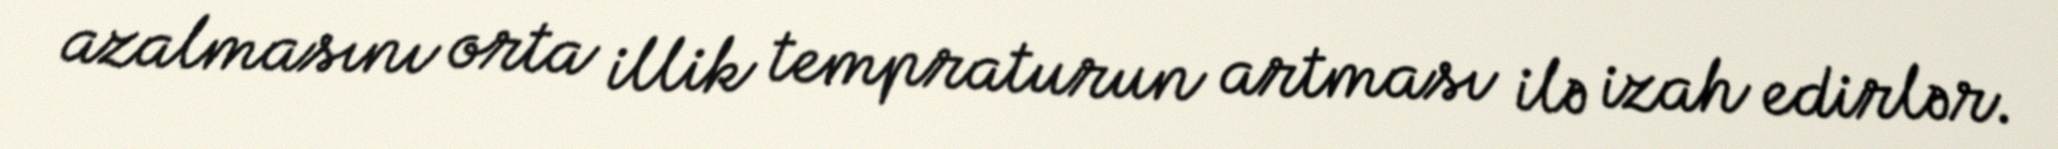
azalmasını orta illik tempraturun artması ilə izah edirlər.